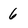
Character: 6